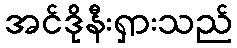
အင်ဒိုနီးရှားသည်